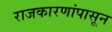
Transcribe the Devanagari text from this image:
राजकारणांपासून